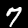
Label: 7